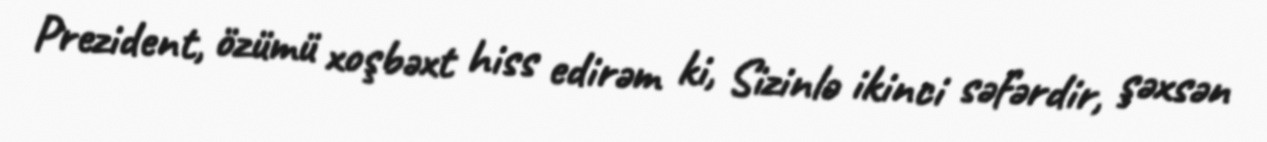
Prezident, özümü xoşbəxt hiss edirəm ki, Sizinlə ikinci səfərdir, şəxsən